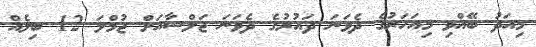
މިއަދު ބޭއްްވި މިއަހަރުގެ ދެވަނަ ދައުރުގެ ދެވަނަ ޖަލްސާއަށް ޖުމްލަ 12 ބިލެއް